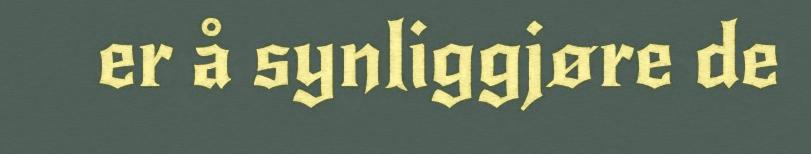
er å synliggjøre de